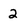
Character: 2